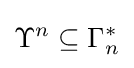
\Upsilon ^{n}\subseteq \Gamma _{n}^{*}